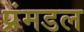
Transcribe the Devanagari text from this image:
प्रंमडल